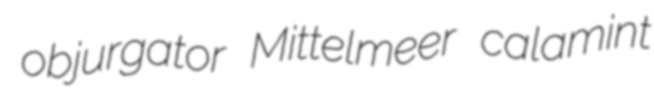
objurgator Mittelmeer calamint